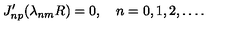
J _ { n p } ^ { \prime } ( \lambda _ { n m } R ) = 0 , \quad n = 0 , 1 , 2 , \ldots { . }